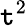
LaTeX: \mathtt{t}^{2}